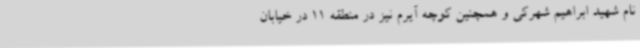
نام شهید ابراهیم شهرکی و همچنین کوچه آیرم نیز در منطقه 11 در خیابان